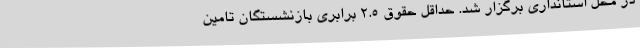
در محل استانداری برگزار شد. حداقل حقوق ۲.۵ برابری بازنشستگان تامین